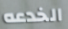
الخدعه